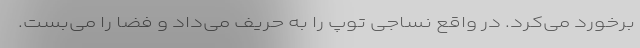
برخورد می‌کرد. در واقع نساجی توپ را به حریف می‌داد و فضا را می‌بست.